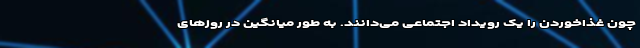
چون غذاخوردن را یک رویداد اجتماعی می‌دانند. به طور میانگین در روزهای